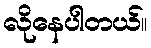
လိုနေပါတယ်။